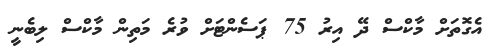
އެގޮތަށް މާކްސް ދޭ އިރު 75 ޕަސެންޓަށް ވުރެ މަތިން މާކްސް ލިބެނީ